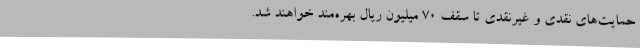
حمایت‌های نقدی و غیرنقدی تا سقف 70 میلیون ریال بهره‌مند خواهند شد.